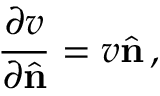
\frac { \partial v } { \partial \hat { \bf n } } = v \hat { \bf n } \, ,